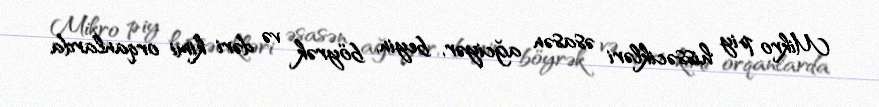
Mikro piy hissəcikləri əsasən ağciyər, beyin, böyrək və dəri kimi orqanlarda